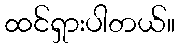
ထင်ရှားပါတယ်။